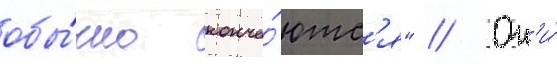
обы́чно конча́ютс'я" // Он'и́